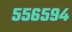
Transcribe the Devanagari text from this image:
५५६५९४